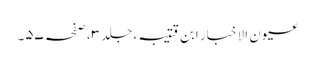
عیون الاخبار ابن قتیبہ ،جلد ٣، صفحہ ٥٧۔